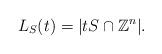
LaTeX: \begin{align*}L_{S}(t) = |t S \cap \mathbb{Z}^n|.\end{align*}